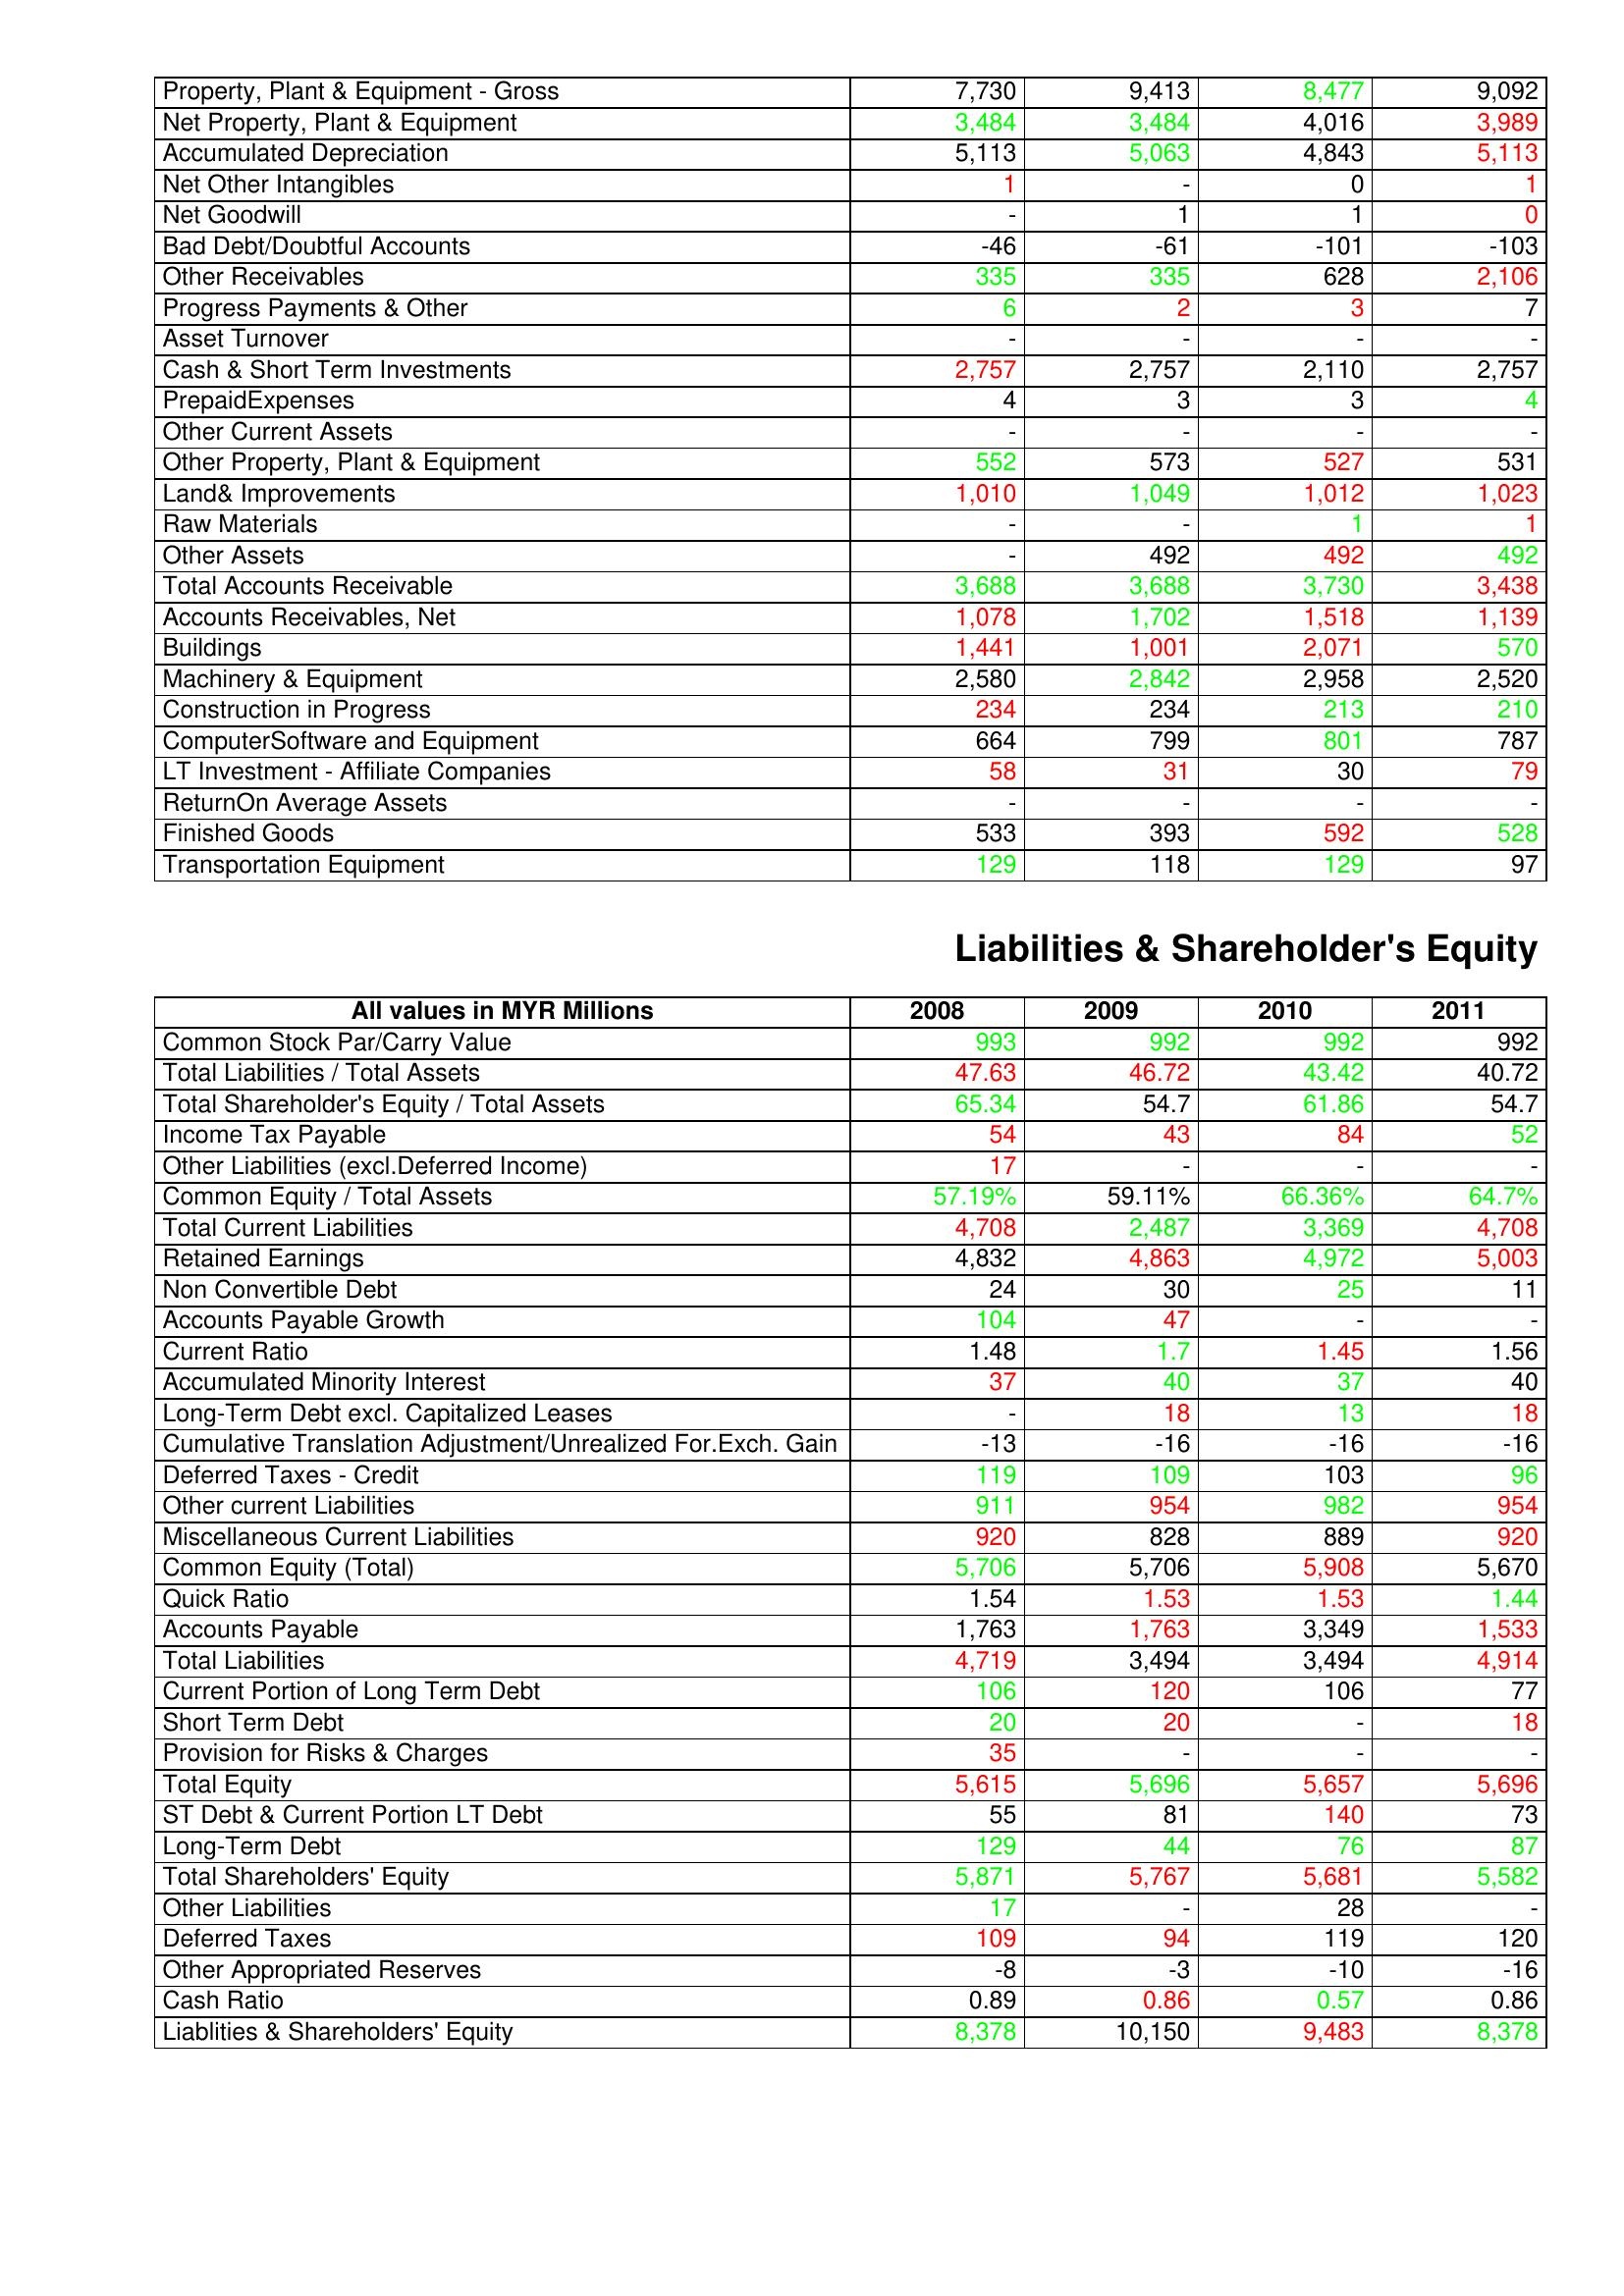
gt_parse: 2008: Assets: Property, Plant & Equipment - Gross : 7,730
Net Property, Plant & Equipment: 3,484
Accumulated Depreciation: 5,113
Net Other Intangibles: 1
Net Goodwill: -
Bad Debt/Doubtful Accounts: -46
Other Receivables: 335
Progress Payments & Other: 6
Asset Turnover: -
Cash & Short Term Investments: 2,757
PrepaidExpenses: 4
Other Current Assets: -
Other Property, Plant & Equipment: 552
Land& Improvements: 1,010
Raw Materials: -
Other Assets: -
Total Accounts Receivable: 3,688
Accounts Receivables, Net: 1,078
Buildings: 1,441
Machinery & Equipment: 2,580
Construction in Progress: 234
ComputerSoftware and Equipment: 664
LT Investment - Affiliate Companies: 58
ReturnOn Average Assets: -
Finished Goods: 533
Transportation Equipment: 129
Liabilities & Shareholder's Equity: Common Stock Par/Carry Value: 993
Total Liabilities / Total Assets: 47.63
Total Shareholder's Equity / Total Assets: 65.34
Income Tax Payable: 54
Other Liabilities (excl.Deferred Income): 17
Common Equity / Total Assets: 57.19%
Total Current Liabilities: 4,708
Retained Earnings: 4,832
Non Convertible Debt: 24
Accounts Payable Growth: 104
Current Ratio: 1.48
Accumulated Minority Interest: 37
Long-Term Debt excl. Capitalized Leases: -
Cumulative Translation Adjustment/Unrealized For.Exch. Gain: -13
Deferred Taxes - Credit: 119
Other current Liabilities: 911
Miscellaneous Current Liabilities: 920
Common Equity (Total): 5,706
Quick Ratio: 1.54
Accounts Payable: 1,763
Total Liabilities: 4,719
Current Portion of Long Term Debt: 106
Short Term Debt: 20
Provision for Risks & Charges: 35
Total Equity: 5,615
ST Debt & Current Portion LT Debt: 55
Long-Term Debt: 129
Total Shareholders' Equity: 5,871
Other Liabilities: 17
Deferred Taxes: 109
Other Appropriated Reserves: -8
Cash Ratio: 0.89
Liablities & Shareholders' Equity: 8,378
2009: Assets: Property, Plant & Equipment - Gross : 9,413
Net Property, Plant & Equipment: 3,484
Accumulated Depreciation: 5,063
Net Other Intangibles: -
Net Goodwill: 1
Bad Debt/Doubtful Accounts: -61
Other Receivables: 335
Progress Payments & Other: 2
Asset Turnover: -
Cash & Short Term Investments: 2,757
PrepaidExpenses: 3
Other Current Assets: -
Other Property, Plant & Equipment: 573
Land& Improvements: 1,049
Raw Materials: -
Other Assets: 492
Total Accounts Receivable: 3,688
Accounts Receivables, Net: 1,702
Buildings: 1,001
Machinery & Equipment: 2,842
Construction in Progress: 234
ComputerSoftware and Equipment: 799
LT Investment - Affiliate Companies: 31
ReturnOn Average Assets: -
Finished Goods: 393
Transportation Equipment: 118
Liabilities & Shareholder's Equity: Common Stock Par/Carry Value: 992
Total Liabilities / Total Assets: 46.72
Total Shareholder's Equity / Total Assets: 54.7
Income Tax Payable: 43
Other Liabilities (excl.Deferred Income): -
Common Equity / Total Assets: 59.11%
Total Current Liabilities: 2,487
Retained Earnings: 4,863
Non Convertible Debt: 30
Accounts Payable Growth: 47
Current Ratio: 1.7
Accumulated Minority Interest: 40
Long-Term Debt excl. Capitalized Leases: 18
Cumulative Translation Adjustment/Unrealized For.Exch. Gain: -16
Deferred Taxes - Credit: 109
Other current Liabilities: 954
Miscellaneous Current Liabilities: 828
Common Equity (Total): 5,706
Quick Ratio: 1.53
Accounts Payable: 1,763
Total Liabilities: 3,494
Current Portion of Long Term Debt: 120
Short Term Debt: 20
Provision for Risks & Charges: -
Total Equity: 5,696
ST Debt & Current Portion LT Debt: 81
Long-Term Debt: 44
Total Shareholders' Equity: 5,767
Other Liabilities: -
Deferred Taxes: 94
Other Appropriated Reserves: -3
Cash Ratio: 0.86
Liablities & Shareholders' Equity: 10,150
2010: Assets: Property, Plant & Equipment - Gross : 8,477
Net Property, Plant & Equipment: 4,016
Accumulated Depreciation: 4,843
Net Other Intangibles: 0
Net Goodwill: 1
Bad Debt/Doubtful Accounts: -101
Other Receivables: 628
Progress Payments & Other: 3
Asset Turnover: -
Cash & Short Term Investments: 2,110
PrepaidExpenses: 3
Other Current Assets: -
Other Property, Plant & Equipment: 527
Land& Improvements: 1,012
Raw Materials: 1
Other Assets: 492
Total Accounts Receivable: 3,730
Accounts Receivables, Net: 1,518
Buildings: 2,071
Machinery & Equipment: 2,958
Construction in Progress: 213
ComputerSoftware and Equipment: 801
LT Investment - Affiliate Companies: 30
ReturnOn Average Assets: -
Finished Goods: 592
Transportation Equipment: 129
Liabilities & Shareholder's Equity: Common Stock Par/Carry Value: 992
Total Liabilities / Total Assets: 43.42
Total Shareholder's Equity / Total Assets: 61.86
Income Tax Payable: 84
Other Liabilities (excl.Deferred Income): -
Common Equity / Total Assets: 66.36%
Total Current Liabilities: 3,369
Retained Earnings: 4,972
Non Convertible Debt: 25
Accounts Payable Growth: -
Current Ratio: 1.45
Accumulated Minority Interest: 37
Long-Term Debt excl. Capitalized Leases: 13
Cumulative Translation Adjustment/Unrealized For.Exch. Gain: -16
Deferred Taxes - Credit: 103
Other current Liabilities: 982
Miscellaneous Current Liabilities: 889
Common Equity (Total): 5,908
Quick Ratio: 1.53
Accounts Payable: 3,349
Total Liabilities: 3,494
Current Portion of Long Term Debt: 106
Short Term Debt: -
Provision for Risks & Charges: -
Total Equity: 5,657
ST Debt & Current Portion LT Debt: 140
Long-Term Debt: 76
Total Shareholders' Equity: 5,681
Other Liabilities: 28
Deferred Taxes: 119
Other Appropriated Reserves: -10
Cash Ratio: 0.57
Liablities & Shareholders' Equity: 9,483
2011: Assets: Property, Plant & Equipment - Gross : 9,092
Net Property, Plant & Equipment: 3,989
Accumulated Depreciation: 5,113
Net Other Intangibles: 1
Net Goodwill: 0
Bad Debt/Doubtful Accounts: -103
Other Receivables: 2,106
Progress Payments & Other: 7
Asset Turnover: -
Cash & Short Term Investments: 2,757
PrepaidExpenses: 4
Other Current Assets: -
Other Property, Plant & Equipment: 531
Land& Improvements: 1,023
Raw Materials: 1
Other Assets: 492
Total Accounts Receivable: 3,438
Accounts Receivables, Net: 1,139
Buildings: 570
Machinery & Equipment: 2,520
Construction in Progress: 210
ComputerSoftware and Equipment: 787
LT Investment - Affiliate Companies: 79
ReturnOn Average Assets: -
Finished Goods: 528
Transportation Equipment: 97
Liabilities & Shareholder's Equity: Common Stock Par/Carry Value: 992
Total Liabilities / Total Assets: 40.72
Total Shareholder's Equity / Total Assets: 54.7
Income Tax Payable: 52
Other Liabilities (excl.Deferred Income): -
Common Equity / Total Assets: 64.7%
Total Current Liabilities: 4,708
Retained Earnings: 5,003
Non Convertible Debt: 11
Accounts Payable Growth: -
Current Ratio: 1.56
Accumulated Minority Interest: 40
Long-Term Debt excl. Capitalized Leases: 18
Cumulative Translation Adjustment/Unrealized For.Exch. Gain: -16
Deferred Taxes - Credit: 96
Other current Liabilities: 954
Miscellaneous Current Liabilities: 920
Common Equity (Total): 5,670
Quick Ratio: 1.44
Accounts Payable: 1,533
Total Liabilities: 4,914
Current Portion of Long Term Debt: 77
Short Term Debt: 18
Provision for Risks & Charges: -
Total Equity: 5,696
ST Debt & Current Portion LT Debt: 73
Long-Term Debt: 87
Total Shareholders' Equity: 5,582
Other Liabilities: -
Deferred Taxes: 120
Other Appropriated Reserves: -16
Cash Ratio: 0.86
Liablities & Shareholders' Equity: 8,378